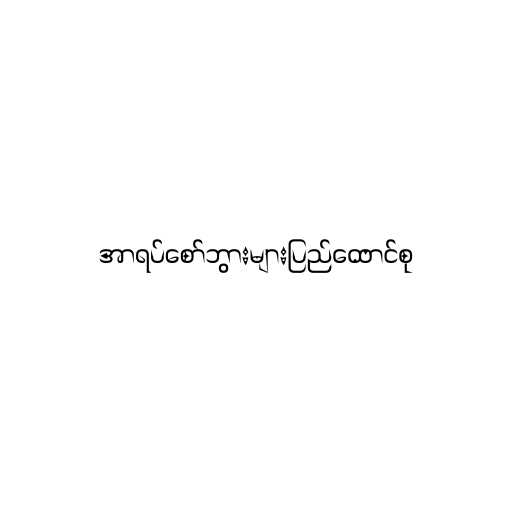
အာရပ်စော်ဘွားများပြည်ထောင်စု